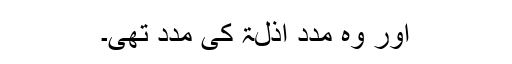
اور وہ مدد اذلۃ کی مدد تھی۔